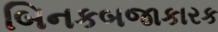
બિનકબજાકારક